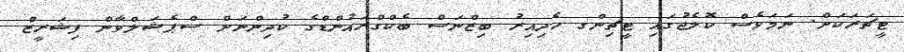
ޓީޗަރަކަށް. ނަމަވެސް ކޮލެޖުގައި ޓީޗިންގ ހެދިއިރު ބިޒްނަސް ބެކްގްރައުންޑްގެ ކުދިންނަށް ސްޕެޝަލްވާން ފިޝަރީޒް